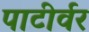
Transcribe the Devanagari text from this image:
पाटीर्वर